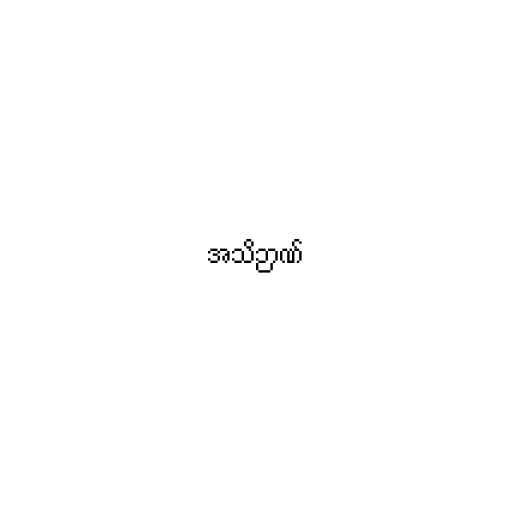
အသိဉာဏ်